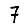
Digit: 7